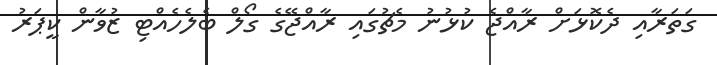
ގަތަރާއި ދެކޮޅަށް ރާއްޖެ ކުޅުނު މެޗުގައި ރާއްޖޭގެ ގޯލް ބެލެހެއްޓި ޒުވާން ކީޕަރު